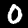
Digit: 0